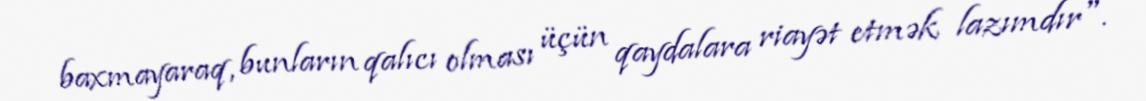
baxmayaraq, bunların qalıcı olması üçün qaydalara riayət etmək lazımdır".